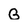
Character: G